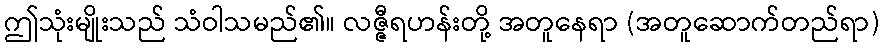
ဤသုံးမျိုးသည် သံဝါသမည်၏။ လဇ္ဇီရဟန်းတို့ အတူနေရာ (အတူဆောက်တည်ရာ)